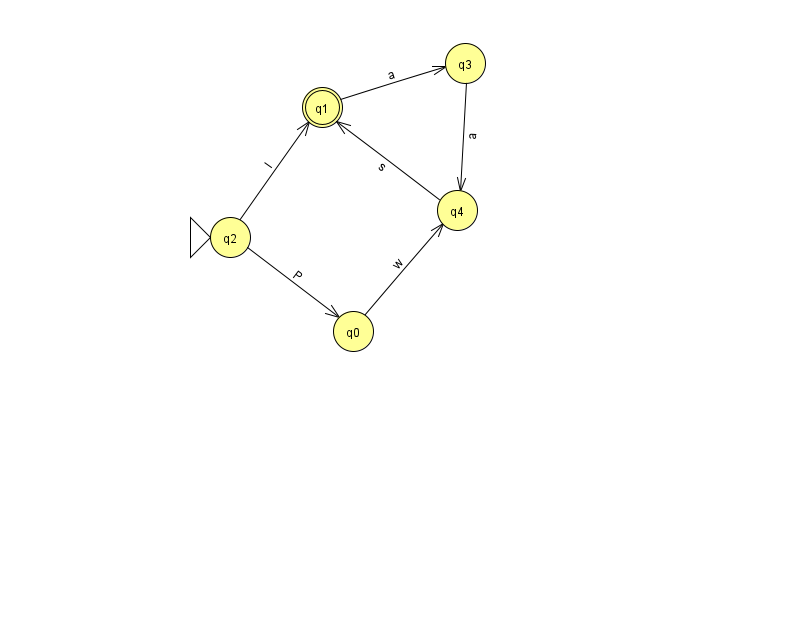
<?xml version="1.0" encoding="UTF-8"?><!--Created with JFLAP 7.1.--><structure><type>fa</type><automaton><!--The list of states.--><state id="0" name="q0"><x>353.0</x><y>318.0</y></state><state id="1" name="q1"><x>322.0</x><y>94.0</y><final/></state><state id="2" name="q2"><x>230.0</x><y>224.0</y><initial/></state><state id="3" name="q3"><x>465.0</x><y>50.0</y></state><state id="4" name="q4"><x>457.0</x><y>197.0</y></state><!--The list of transitions.--><transition><from>0</from><to>4</to><read>w</read></transition><transition><from>1</from><to>3</to><read>a</read></transition><transition><from>3</from><to>4</to><read>a</read></transition><transition><from>4</from><to>1</to><read>s</read></transition><transition><from>2</from><to>1</to><read>l</read></transition><transition><from>2</from><to>0</to><read>P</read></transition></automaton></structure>